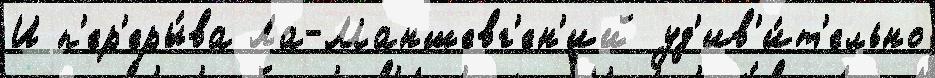
И п'ер'еры́ва Ла-Маншевг'ен'ий уд'ив'и́т'ельно